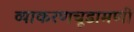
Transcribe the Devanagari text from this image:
व्याकरणचूडामणी